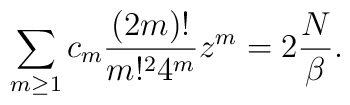
\sum_{m \geq 1} c_m {(2 m)! \over m!^2 4^m} z^m =     2 {N \over \beta}.